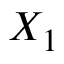
X _ { 1 }